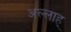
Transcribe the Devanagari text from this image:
अल्लाह्